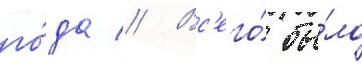
го́да // Вс'его́ бы́ло